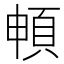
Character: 𲊫